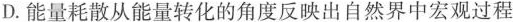
D.能量耗散从能量转化的角度反映出自然界中宏观过程